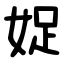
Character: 娖